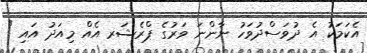
އެކަމަކު އެ ދުވަސްދުވަހު ނާންނަ ވަރުގެ ޕްރެޝަރ އެއް މިއަދު އައި "